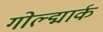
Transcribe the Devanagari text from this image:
गोल्द्मार्क